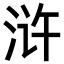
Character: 浒